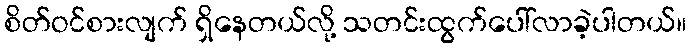
စိတ်ဝင်စားလျက် ရှိနေတယ်လို့ သတင်းထွက်ပေါ်လာခဲ့ပါတယ်။